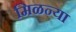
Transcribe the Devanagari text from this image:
मिळन्या